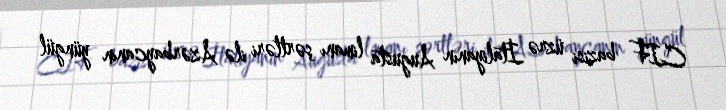
CIF bazisi üzrə İtaliyanın Augusta limanı şərtləri ilə Azərbaycanın yüngül